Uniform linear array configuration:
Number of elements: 4
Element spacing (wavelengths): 0.25
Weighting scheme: exponential
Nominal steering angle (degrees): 45
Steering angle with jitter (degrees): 43.721
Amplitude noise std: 0.05
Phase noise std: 0.05

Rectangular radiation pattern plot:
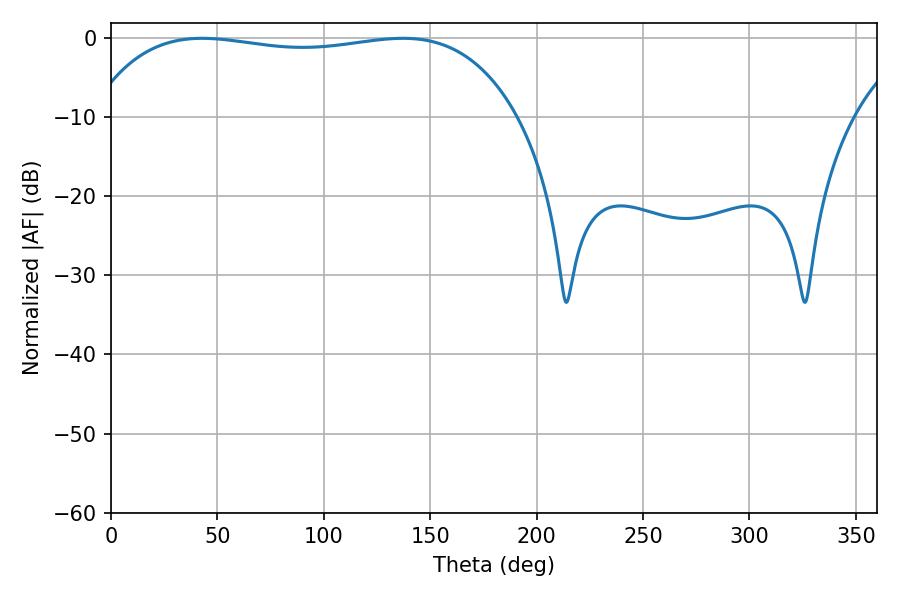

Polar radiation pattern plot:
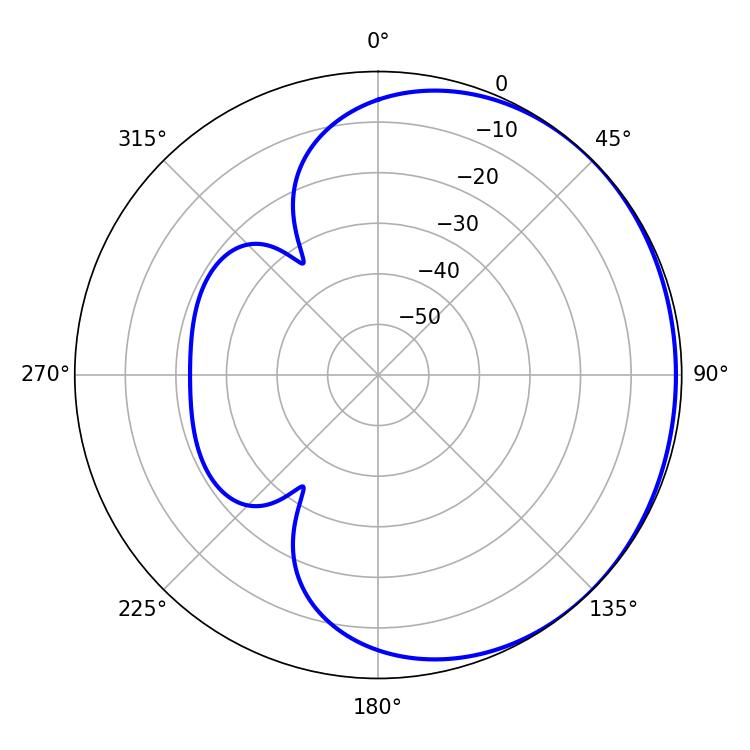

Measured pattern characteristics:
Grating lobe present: FALSE
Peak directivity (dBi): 0.6922
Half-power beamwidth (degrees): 160.56
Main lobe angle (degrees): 42.84